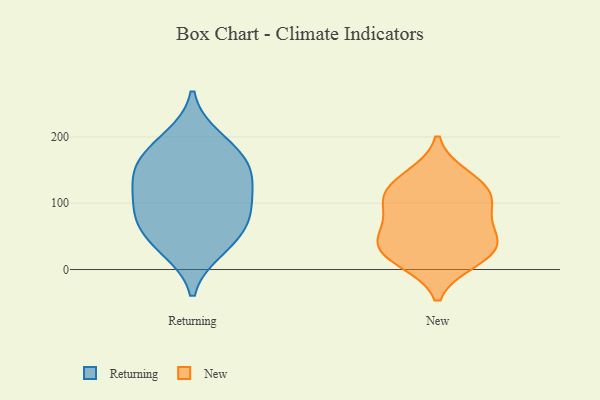
{"axis": {"x": "Shipments", "y": "Value"}, "legend": ["New", "Returning"], "data": [{"x": "", "y": 31, "type": "Returning"}, {"x": "", "y": 198, "type": "Returning"}, {"x": "", "y": 84, "type": "Returning"}, {"x": "", "y": 123, "type": "Returning"}, {"x": "", "y": 68, "type": "Returning"}, {"x": "", "y": 76, "type": "Returning"}, {"x": "", "y": 181, "type": "Returning"}, {"x": "", "y": 39, "type": "Returning"}, {"x": "", "y": 140, "type": "Returning"}, {"x": "", "y": 158, "type": "Returning"}, {"x": "", "y": 154, "type": "Returning"}, {"x": "", "y": 106, "type": "Returning"}, {"x": "", "y": 140, "type": "New"}, {"x": "", "y": 50, "type": "New"}, {"x": "", "y": 113, "type": "New"}, {"x": "", "y": 45, "type": "New"}, {"x": "", "y": 21, "type": "New"}, {"x": "", "y": 35, "type": "New"}, {"x": "", "y": 102, "type": "New"}, {"x": "", "y": 123, "type": "New"}, {"x": "", "y": 14, "type": "New"}, {"x": "", "y": 84, "type": "New"}]}